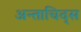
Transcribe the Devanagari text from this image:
अन्ताचिद्स